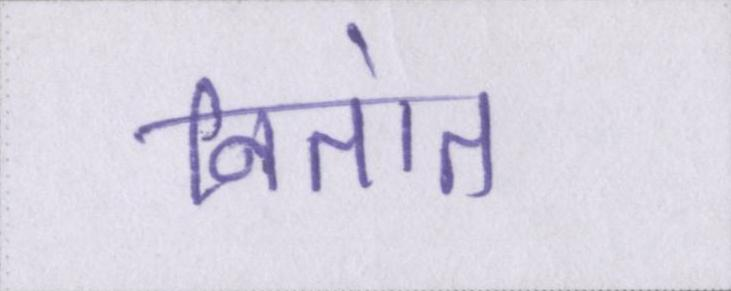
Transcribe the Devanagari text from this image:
नितांत